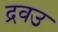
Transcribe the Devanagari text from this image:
द्रवउ